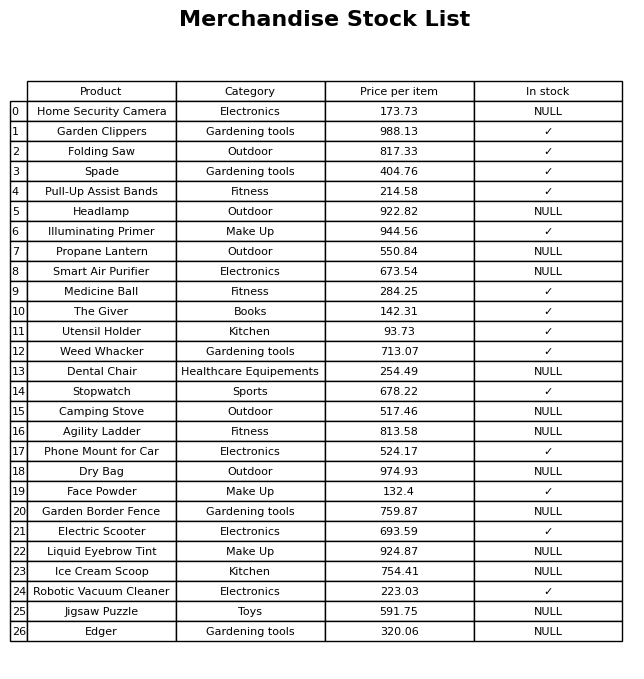
question: What is the price of the Spade?
answer: The price of Spade is 404.76.